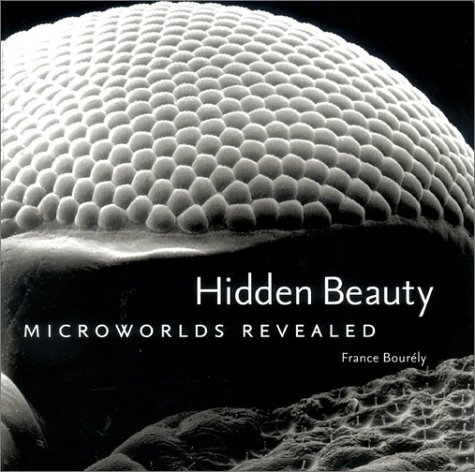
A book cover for Hidden Beauty: Microworlds Revealed; France Bourely; Science & Math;